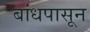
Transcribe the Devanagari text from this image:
बांधपासून